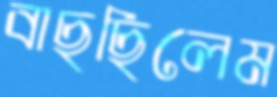
বাছছিলেম